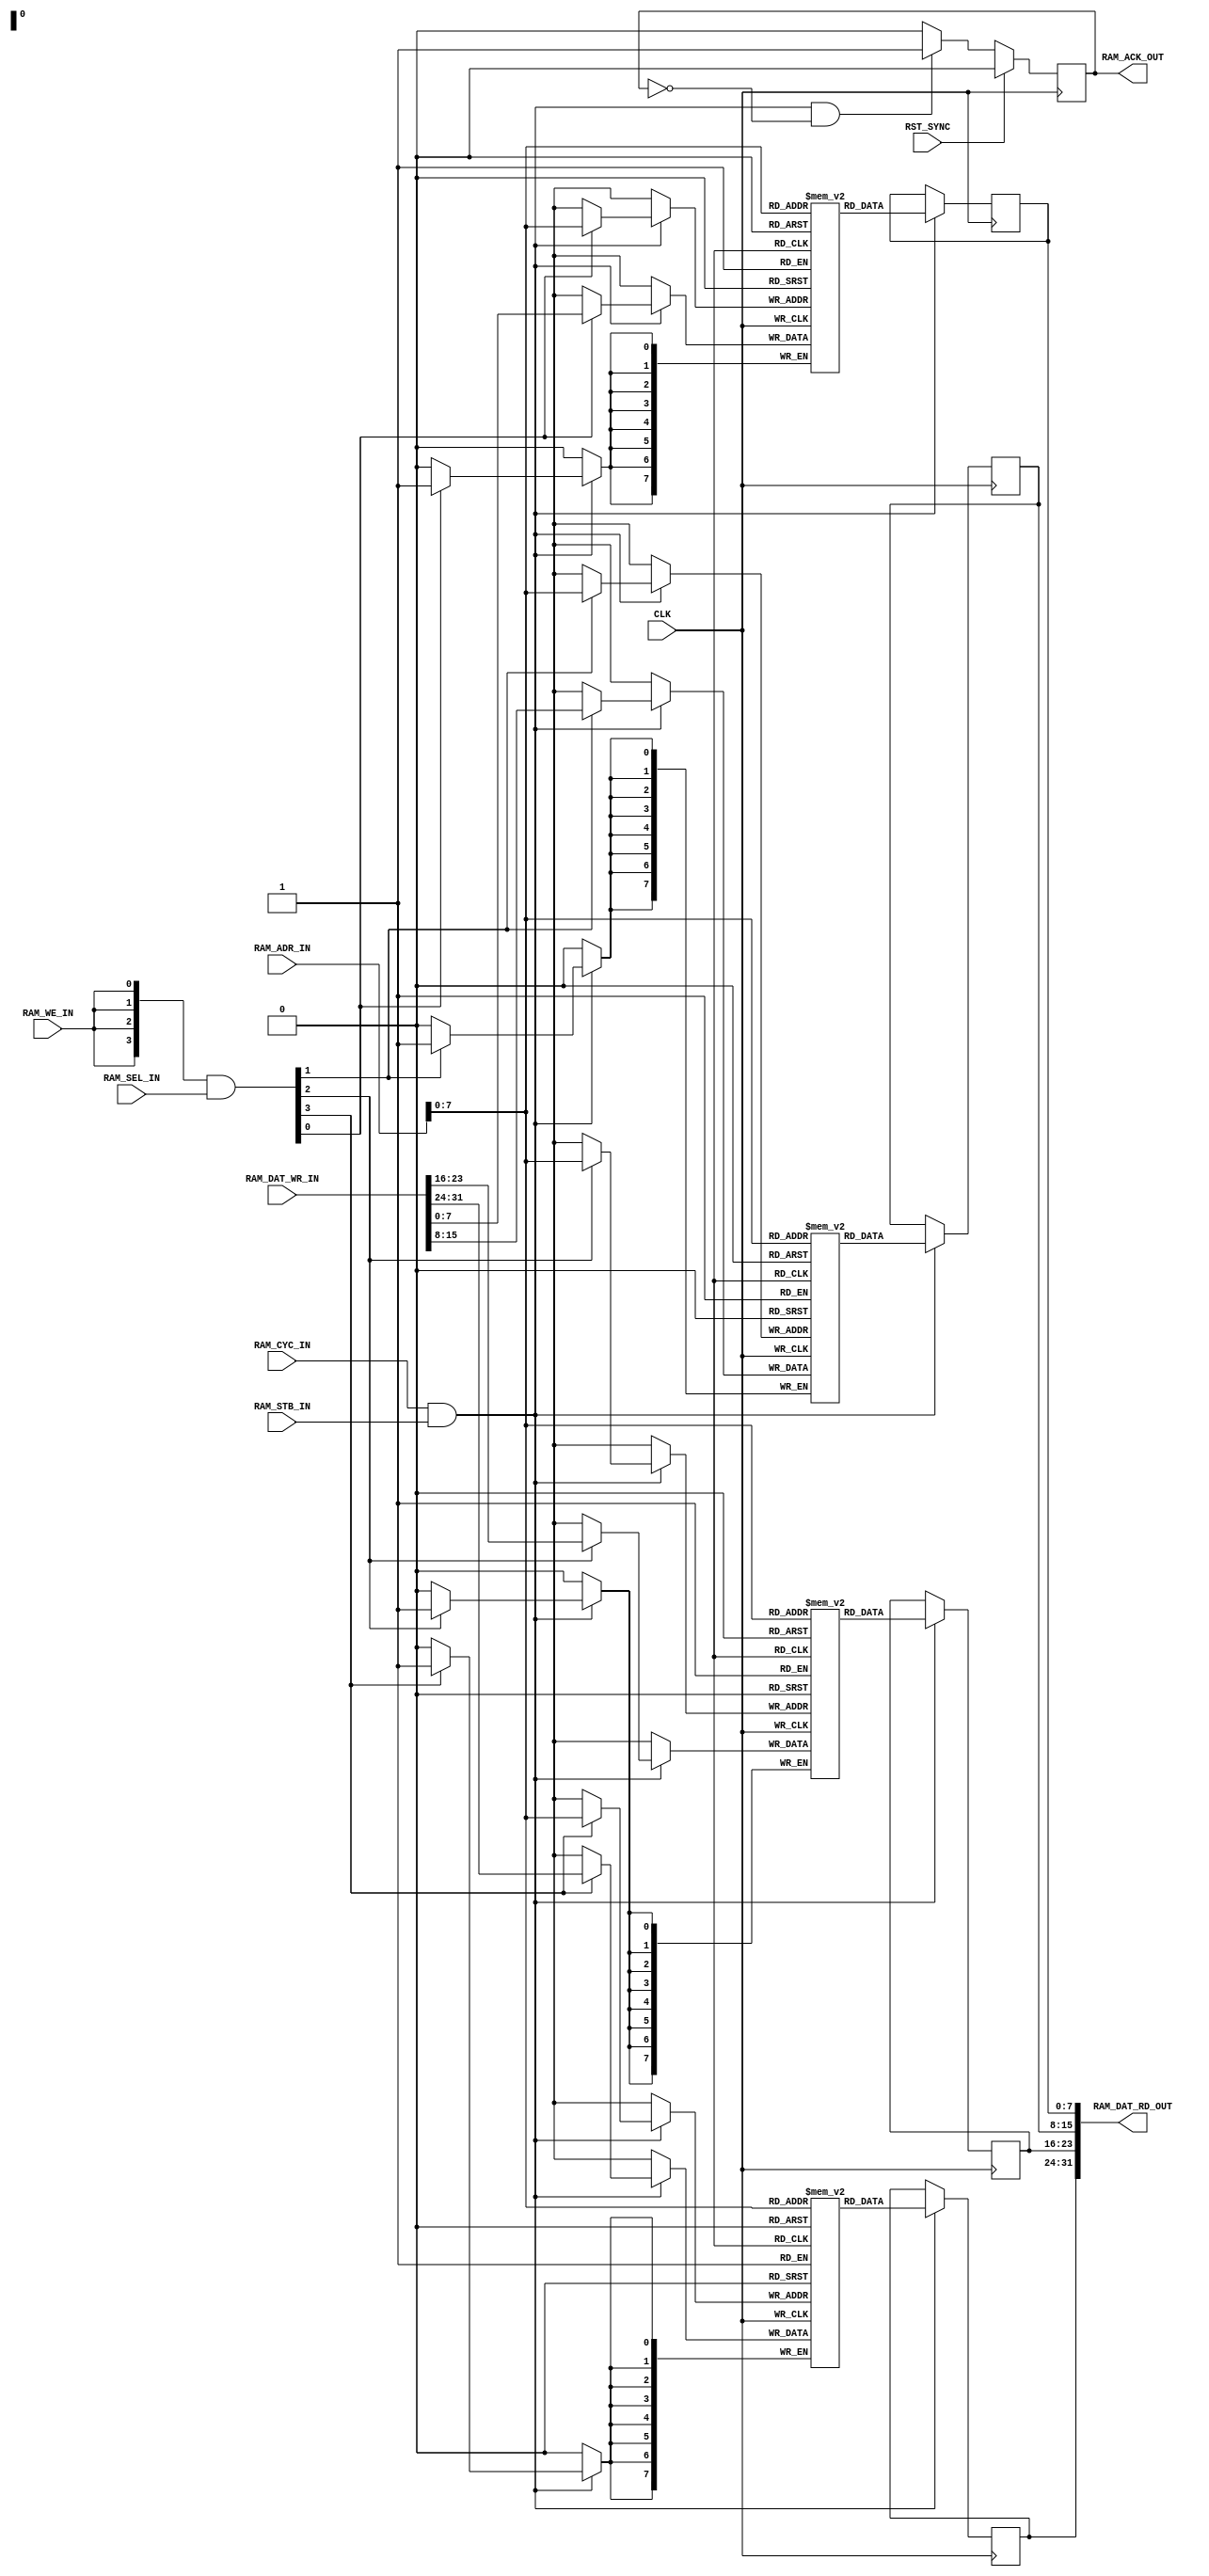
/* INSERT MODULE HEADER */


/*****************************************************************************/
module DATA_RAM
  #(parameter ADDR_WIDTH  = 10 )
   (
    input         CLK                   ,
    input         RST_SYNC              ,

     // Data Memory (Read and Write)
    input         RAM_CYC_IN      ,
    input         RAM_STB_IN      ,
    input  [31:0] RAM_ADR_IN      ,
    input  [ 3:0] RAM_SEL_IN      ,
    input         RAM_WE_IN       ,
    output        RAM_ACK_OUT     ,
    output [31:0] RAM_DAT_RD_OUT  ,
    input  [31:0] RAM_DAT_WR_IN    
    
    );

   parameter RAM_SIZE_BYTE = 2 ** ADDR_WIDTH;
   parameter RAM_SIZE_WD   = RAM_SIZE_BYTE >> 2;
   
   reg [31:0] 	  DatRd;
   reg [ 7:0] 	  DataRam3 [RAM_SIZE_WD-1:0]; 
   reg [ 7:0] 	  DataRam2 [RAM_SIZE_WD-1:0];
   reg [ 7:0] 	  DataRam1 [RAM_SIZE_WD-1:0];
   reg [ 7:0] 	  DataRam0 [RAM_SIZE_WD-1:0];  

   reg [7:0] 	  di [3:0];
   
   reg 		  CoreDataAckLocal   ; // RAM_ACK_OUT
//   reg [31:0] 	  CoreDatRdLocal ; // RAM_DAT_RD_OUT

   wire [3:0] 	  We = {4{RAM_WE_IN}} & RAM_SEL_IN;

   // Combinatorial assigns

   // Output assigns
   assign RAM_ACK_OUT    = CoreDataAckLocal   ;
   assign RAM_DAT_RD_OUT = DatRd;


   // Acknowledge data ram access in the next
   // clock cycle so the CORE can read the data
   always @(posedge CLK)
   begin : RAM_ACK
      if (RST_SYNC)
      begin
        CoreDataAckLocal <= 1'b0;
      end
      else if (RAM_CYC_IN && RAM_STB_IN && !CoreDataAckLocal)
      begin
         CoreDataAckLocal <= 1'b1;
      end
      else
      begin
         CoreDataAckLocal <= 1'b0;
      end
   end

// ISE needs to be helped with th BRAM instantiations, instance the 4
// byte-wide Read-first BRAMS here 

   // Byte 3
   always @(posedge CLK)
   begin : data_ram_b3
      if (RAM_CYC_IN && RAM_STB_IN)
      begin
	 if (We[3]) DataRam3[RAM_ADR_IN] <= RAM_DAT_WR_IN[31:24];
	 DatRd[31:24] <= DataRam3[RAM_ADR_IN];
      end
   end

   // Byte 2
   always @(posedge CLK)
   begin : data_ram_b2
      if (RAM_CYC_IN && RAM_STB_IN)
      begin
	 if (We[2]) DataRam2[RAM_ADR_IN] <= RAM_DAT_WR_IN[23:16];
	 DatRd[23:16] <= DataRam2[RAM_ADR_IN];
      end
   end

   // Byte 1
   always @(posedge CLK)
   begin : data_ram_b1
      if (RAM_CYC_IN && RAM_STB_IN)
      begin
	 if (We[1]) DataRam1[RAM_ADR_IN] <= RAM_DAT_WR_IN[15: 8];
	 DatRd[15: 8] <= DataRam1[RAM_ADR_IN];
      end
   end

   // Byte 0
   always @(posedge CLK)
   begin : data_ram_b0
      if (RAM_CYC_IN && RAM_STB_IN)
      begin
	 if (We[0]) DataRam0[RAM_ADR_IN] <= RAM_DAT_WR_IN[ 7: 0];
	 DatRd[ 7: 0] <= DataRam0[RAM_ADR_IN];
      end
   end

     
  
endmodule